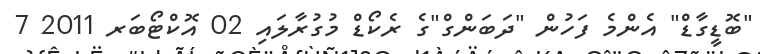
"ބޮޑީގާޑް" އެންމެ ފަހުން "ދަބަންގް"ގެ ރެކޯޑް މުގުރާލައި 02 އޮކްޓޯބަރ 2011 7